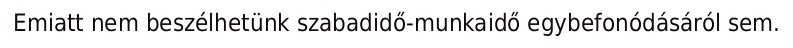
Emiatt nem beszélhetünk szabadidő-munkaidő egybefonódásáról sem.